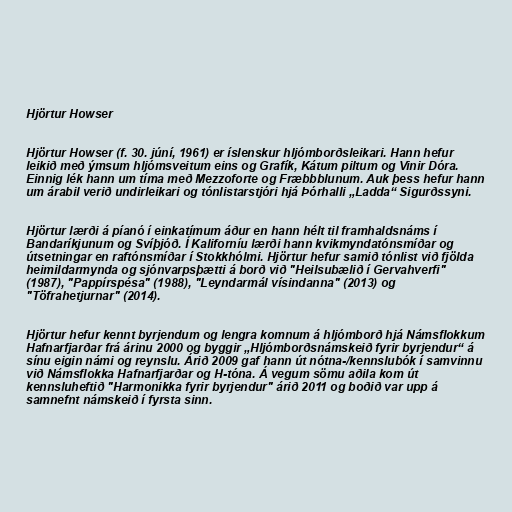
Hjörtur Howser

Hjörtur Howser (f. 30. júní, 1961) er íslenskur hljómborðsleikari. Hann hefur
leikið með ýmsum hljómsveitum eins og Grafík, Kátum piltum og Vinir Dóra.
Einnig lék hann um tíma með Mezzoforte og Fræbbblunum. Auk þess hefur hann
um árabil verið undirleikari og tónlistarstjóri hjá Þórhalli „Ladda“ Sigurðssyni.

Hjörtur lærði á píanó í einkatímum áður en hann hélt til framhaldsnáms í
Bandaríkjunum og Svíþjóð. Í Kaliforníu lærði hann kvikmyndatónsmíðar og
útsetningar en raftónsmíðar í Stokkhólmi. Hjörtur hefur samið tónlist við fjölda
heimildarmynda og sjónvarpsþætti á borð við "Heilsubælið í Gervahverfi"
(1987), "Pappírspésa" (1988), "Leyndarmál vísindanna" (2013) og
"Töfrahetjurnar" (2014).

Hjörtur hefur kennt byrjendum og lengra komnum á hljómborð hjá Námsflokkum
Hafnarfjarðar frá árinu 2000 og byggir „Hljómborðsnámskeið fyrir byrjendur“ á
sínu eigin námi og reynslu. Árið 2009 gaf hann út nótna-/kennslubók í samvinnu
við Námsflokka Hafnarfjarðar og H-tóna. Á vegum sömu aðila kom út
kennsluheftið "Harmonikka fyrir byrjendur" árið 2011 og boðið var upp á
samnefnt námskeið í fyrsta sinn.